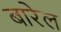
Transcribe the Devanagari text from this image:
बारेल